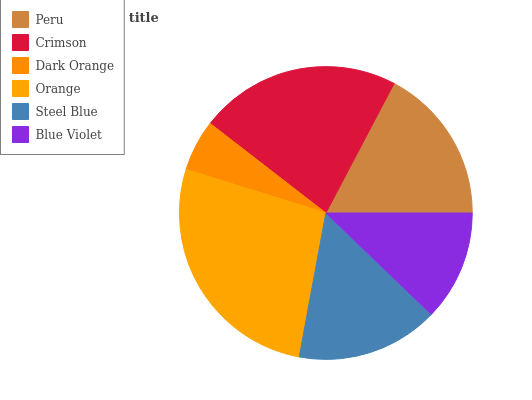
| Peru | Crimson | Dark Orange | Orange | Steel Blue | Blue Violet |
 | --- | --- | --- | --- | --- | --- |
 | 17.3% | 22.3% | 5.68% | 26.9% | 15.7% | 12.2% |